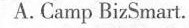
A. Camp BizSmat.